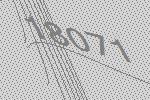
18071